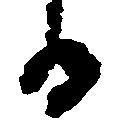
る